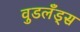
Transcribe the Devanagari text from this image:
वुडलँड्स